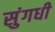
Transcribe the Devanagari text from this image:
सुंगधी